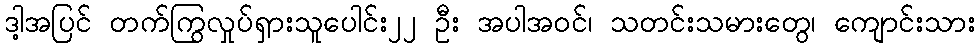
ဒါ့အပြင် တက်ကြွလှုပ်ရှားသူပေါင်း၂၂ ဦး အပါအဝင်၊ သတင်းသမားတွေ၊ ကျောင်းသား